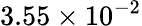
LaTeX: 3.55\times 10^{-2}